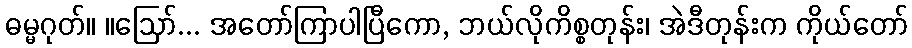
ဓမ္မဂုတ်။ ။ဩော်... အတော်ကြာပါပြီကော, ဘယ်လိုကိစ္စတုန်း၊ အဲဒီတုန်းက ကိုယ်တော်